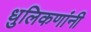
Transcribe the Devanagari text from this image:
धुलिकणांनी